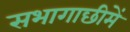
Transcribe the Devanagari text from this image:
सभागाछीमें